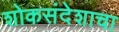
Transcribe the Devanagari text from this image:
शोकसंदेशाचा